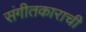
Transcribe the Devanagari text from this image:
संगीतकाराची